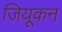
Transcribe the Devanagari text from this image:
जियूकन